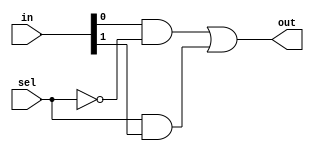
module mux2To1 (in , sel , out);
    input [1:0] in;
    input sel;
    output out;
    wire [2:0] t ;
    
    not g0 (t[0] , sel);
    and g1 (t[1] , in[0] , t[0]);
    and g2 (t[2], sel, in[1]);
    or g3 (out, t[1], t[2]);
endmodule